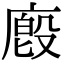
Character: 廏